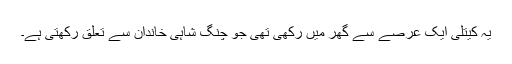
یہ کیتلی ایک عرصے سے گھر میں رکھی تھی جو چنگ شاہی خاندان سے تعلق رکھتی ہے۔